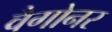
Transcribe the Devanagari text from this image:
वैगोनर